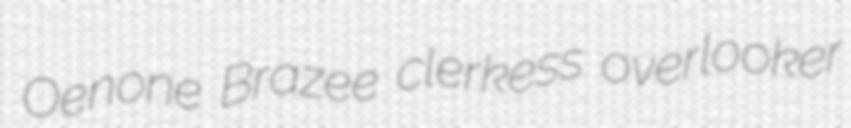
Oenone Brazee clerkess overlooker